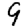
Digit: 9